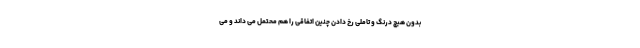
بدون هیچ درنگ و تاملی رخ دادن چنین اتفاقی را هم محتمل می داند و می